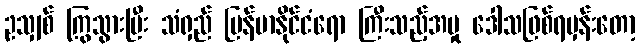
ဥသျှစ် ကြွသွားပြီး သံရှည် မြန်မာနိုင်ငံရော ကြီးသည့်အမှု ဒေါသဖြစ်ရမှန်းတော့